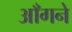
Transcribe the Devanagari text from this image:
आँगने